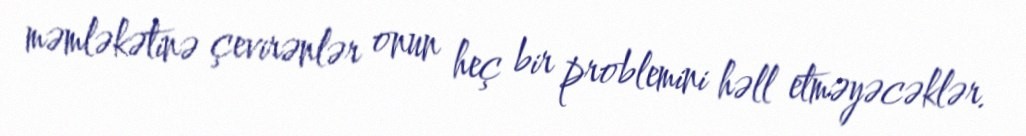
məmləkətinə çevirənlər onun heç bir problemini həll etməyəcəklər.